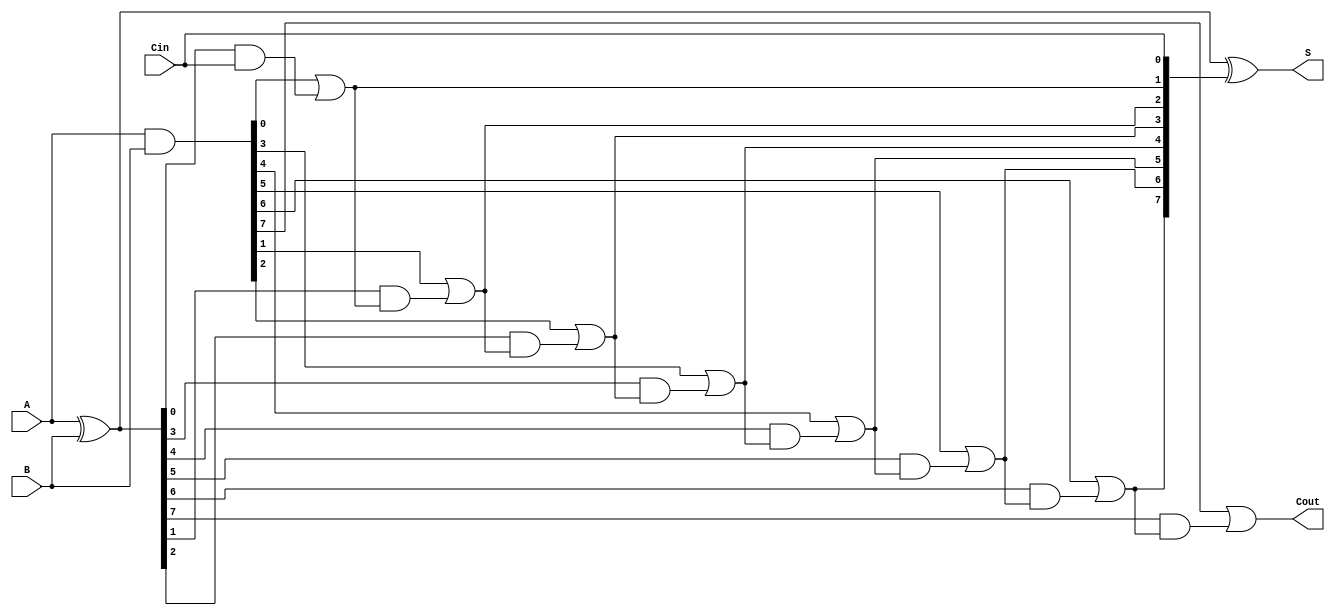
module Sklansky_Adder #(parameter n = 8) (
    input [n-1:0] A,
    input [n-1:0] B,
    input Cin,
    output [n-1:0] S,
    output Cout
);

    // Generate and propagate signals
    wire [n-1:0] G; // Generate signals
    wire [n-1:0] P; // Propagate signals
    wire [n:0] C;   // Carry signals

    // Generate and propagate calculations
    assign G = A & B;             // Gi = Ai & Bi
    assign P = A ^ B;             // Pi = Ai ^ Bi

    // Carry signal calculations
    assign C[0] = Cin; // C0 = Cin

    // Level 1 carry signals
    genvar i;
    generate
        for (i = 0; i < n; i = i + 1) begin : carry_gen
            if (i == 0) begin
                assign C[i+1] = G[i] | (P[i] & C[0]); // C1
            end else begin
                assign C[i+1] = G[i] | (P[i] & C[i]); // Ci+1
            end
        end
    endgenerate

    // Sum calculation
    assign S = P ^ C[n-1:0]; // Si = Pi ^ Ci

    // Final carry-out
    assign Cout = C[n]; // Cout = Cn

endmodule